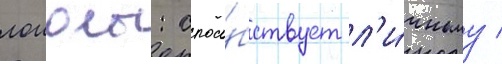
лоиолы: спосо́бствует л'и́чному /